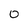
Character: 0